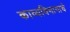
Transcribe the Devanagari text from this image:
काव्यविभागाचे